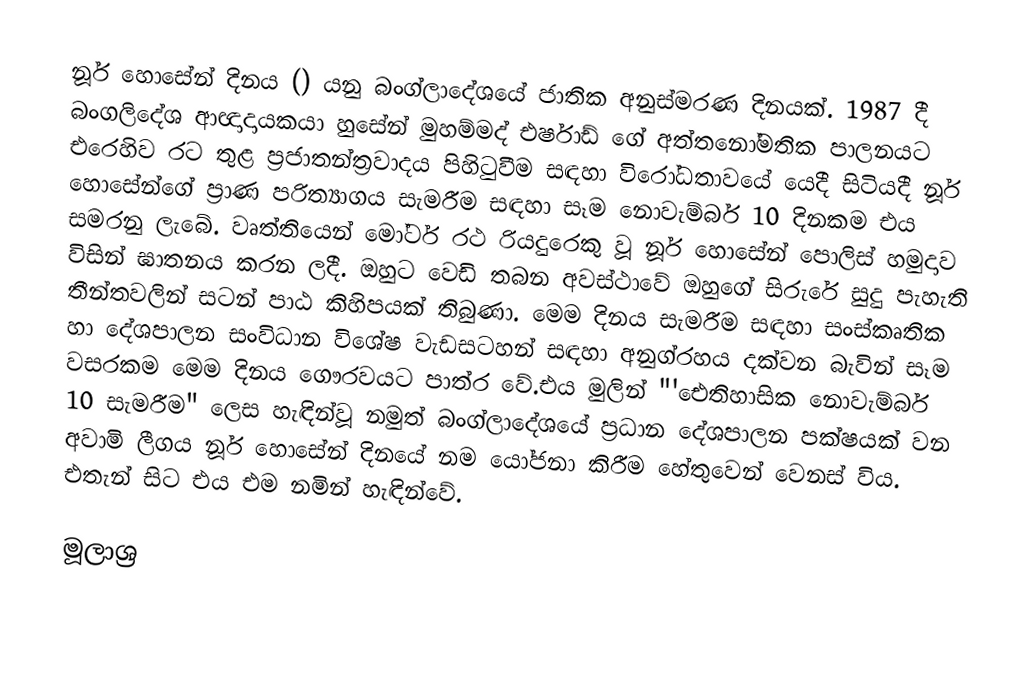
නූර් හොසේන් දිනය () යනු බංග්ලාදේශයේ ජාතික අනුස්මරණ දිනයක්. 1987 දී බංගලිදේශ ආඥාදායකයා හුසේන් මුහම්මද් එර්ෂාඩ් ගේ අත්තනෝමතික පාලනයට එරෙහිව රට තුළ ප්‍රජාතන්ත්‍රවාදය පිහිටුවීම සඳහා විරෝධතාවයේ යෙදී සිටියදී නූර් හොසේන්ගේ ප්‍රාණ පරිත්‍යාගය සැමරීම සඳහා සෑම නොවැම්බර් 10 දිනකම එය සමරනු ලැබේ. වෘත්තියෙන් මෝටර් රථ රියදුරෙකු වූ නූර් හොසේන් පොලිස් හමුදාව විසින් ඝාතනය කරන ලදී. ඔහුට වෙඩි තබන අවස්ථාවේ ඔහුගේ සිරුරේ සුදු පැහැති තීන්තවලින් සටන් පාඨ කිහිපයක් තිබුණා. මෙම දිනය සැමරීම සඳහා සංස්කෘතික හා දේශපාලන සංවිධාන විශේෂ වැඩසටහන් සඳහා අනුග්රහය දක්වන බැවින් සෑම වසරකම මෙම දිනය ගෞරවයට පාත්ර වේ.එය මුලින් "'ඓතිහාසික නොවැම්බර් 10 සැමරීම" ලෙස හැඳින්වූ නමුත් බංග්ලාදේශයේ ප්‍රධාන දේශපාලන පක්ෂයක් වන අවාමි ලීගය නූර් හොසේන් දිනයේ නම යෝජනා කිරීම හේතුවෙන් වෙනස් විය. එතැන් සිට එය එම නමින් හැඳින්වේ.

මූලාශ්‍ර